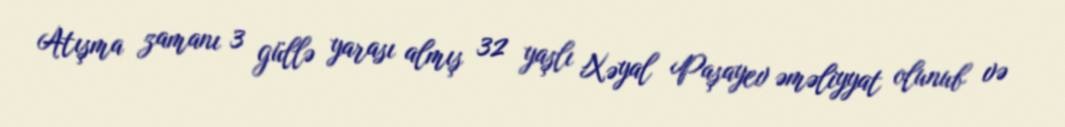
Atışma zamanı 3 güllə yarası almış 32 yaşlı Xəyal Paşayev əməliyyat olunub və